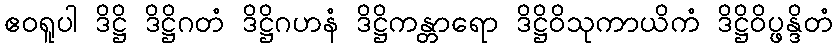
ဧဝရူပါ ဒိဋ္ဌိ ဒိဋ္ဌိဂတံ ဒိဋ္ဌိဂဟနံ ဒိဋ္ဌိကန္တာရော ဒိဋ္ဌိဝိသုကာယိကံ ဒိဋ္ဌိဝိပ္ဖန္ဒိတံ